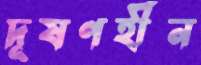
দূষণহীন